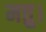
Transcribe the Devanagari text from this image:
मत्तु।